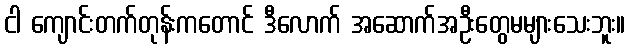
ငါ ကျောင်းတက်တုန်းကတောင် ဒီလောက် အဆောက်အဦးတွေမများသေးဘူး။